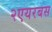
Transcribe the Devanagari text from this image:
२एयरबस